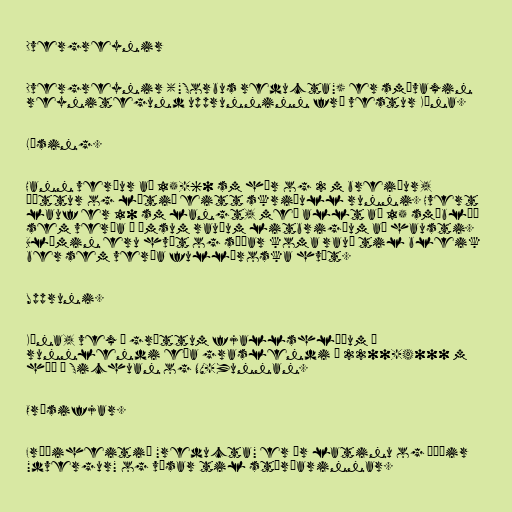
Dvergreynir

Dvergreynir ("Sorbus reducta") er smávaxin
reynitegund upprunninn frá vestur Kína.

Lýsing.

Hann verður að 15-60 sm hár og 2 m breiður,
þéttur og lítið eitt skriðull runni. Hvert
lauf er 10 sm langt, með allt að 15 smáblöð
sem verða í ýmsum rauðum litbrigðum að hausti.
Blómin eru hvít og síðar koma rauð til bleik
ber sem verða fullþroska hvít.

Uppruni.

Kína, vex í grýttum fjallshlíðum í
runnlendi eða graslendi í 2200-4000 m
hæð í Sichuan og NV-Yunnan.

Orðsifjar.

Fræðiheitið "reducta" er úr latinu og þýðir
"dvergur" og vísar til stærðarinnar.